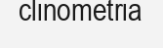
clinometria